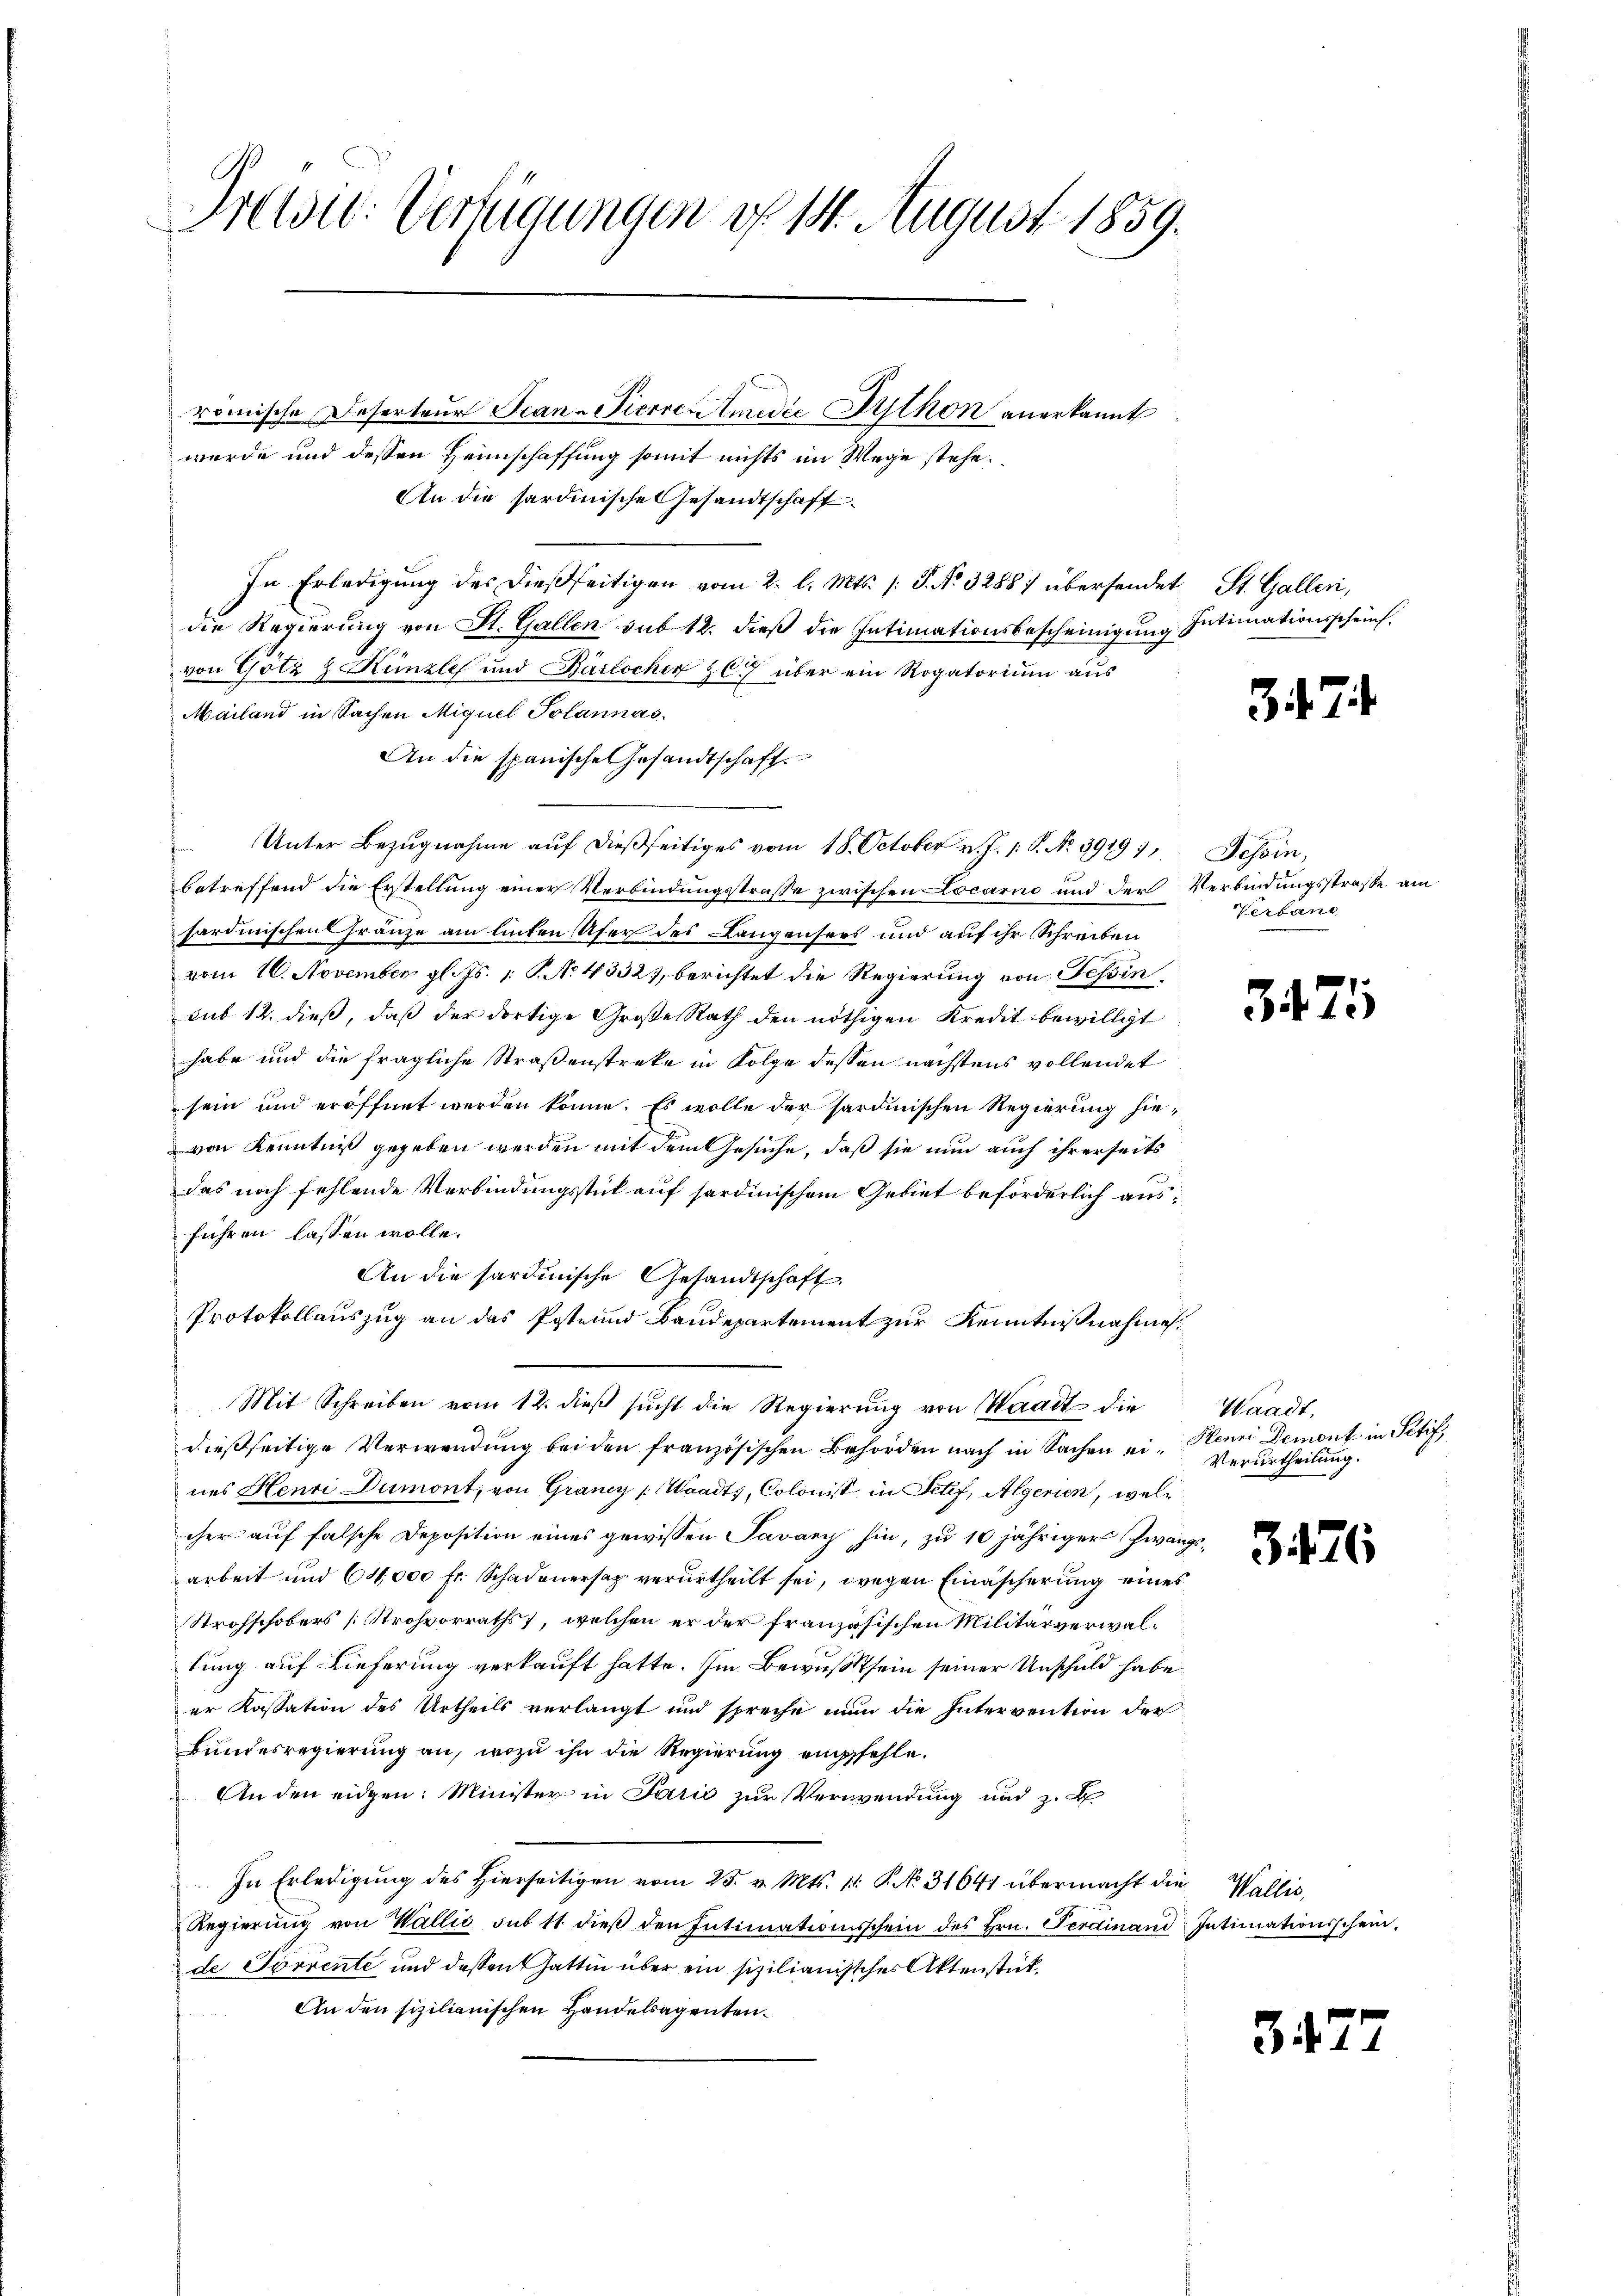
Preise Verfügungen d. 14. August 1859.

werde und dessen Heimschaffung somit nichts im Wege stehe.
An die sardinische Gesandtschaft
In Erledigung des dießseitigen vom 2. l. Mts. /: P. Nr. 3288) übersendet St. Gallen,
die Regierung von St. Gallen sub 12. dieß die Intimationsbescheinigung Intimationsscheint.
von Götz & Künzli und Barlochen C. über ein Rogatorium aus
Mailand in Sachen Miguel Solannas
An die spanische Gesandtschaft
Unter Bezŭgnahme aŭf dießseitiges vom 18. October v. J. 1. P. N. 39191, Tessin,
betreffend die Erstellung einer Verbindungsstraße zwischen Locarno und der Verbindungsstraße am
sardinischen Franze am linten Ufer des Langensees und auf ihr Schreiben
vom 10. November gl. Js. 1. P. N. 43327, berichtet die Regierung von Tessin
sub 12. dieß, daß der dortige Große Rath den nöthigen Kredit bewilligt
habe und die fragliche Straßenstreke in Folge dessen nächstens vollendet
sein und eröffnet werden könne. Es wolle der sardinischen Regierung hievon Kenntniß gegeben werden mit dem Gesuche, daß sie nun auch ihrerseits
das noch fehlende Verbindungsstück auf sardinischem Gebiet beförderlich ausführen lassen wolle.
An die sardinische Gesandtschaft
Protokollauszug an das Poste und Baudepartement zur Kenntnißnahme.
Mit Schreiben vom 12. dieß sucht die Regierung von Waadt die
dießseitige Verwendung bei den französischen Behörden nach in Sachen ein Henni Demont in Petif,
nes Henri Dumont, von Graney (Waadt, Colonist in Petif, Algerien, welc
cher auf falsche Deposition eines gewissen Savary hin, zu 10 jähriger Zwangsarbeit und 64,000 fr. Schadenersaz verurtheilt sei, wegen Einäscherung eines
Strohschobers [Strohvorraths, welchen er der französischen Militärverwaltung auf Lieferung verkauft hatte. Im Bewußtsein seiner Unschuld habe.
er Kassation des Urtheils verlangt und spreche nun die Intervention der
Bundesregierung an, wozu ihn die Regierung empfehle.
An den eidgen: Minister in Parić zur Verwendung und z. B.
In Erledigŭng des hierseitigen vom 25. v. Mts. 1. P. No. 31644 übermacht die Wallis,
Regierŭng von Wallis sub 11 dieβ den Intimationsschein des Hrn. Ferdinand Intimationsschein.
de Torrente und dessen Gattin über ein sizilianischer Aktenstück
An den sizilianischen Handelsagenten.

römische Deserteur Scan-Pierre Amidić Mython anerkannt

3 24

Verband

371

Waadt,
Verurtheilung.

3. 426

3477